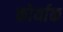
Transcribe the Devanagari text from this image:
कोर्याक